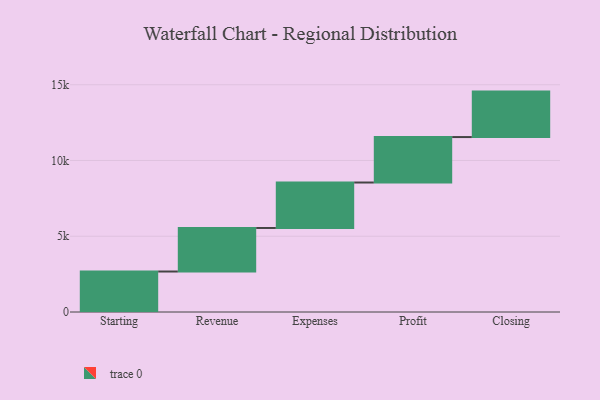
{"axis": {"x": "Step", "y": "Value"}, "legend": [""], "data": [{"x": "Starting", "y": 2672.0, "type": ""}, {"x": "Revenue", "y": 2874.0, "type": ""}, {"x": "Expenses", "y": 3000, "type": ""}, {"x": "Profit", "y": 3000, "type": ""}, {"x": "Closing", "y": 3000, "type": ""}]}